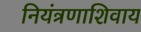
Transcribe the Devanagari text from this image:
नियंत्रणाशिवाय